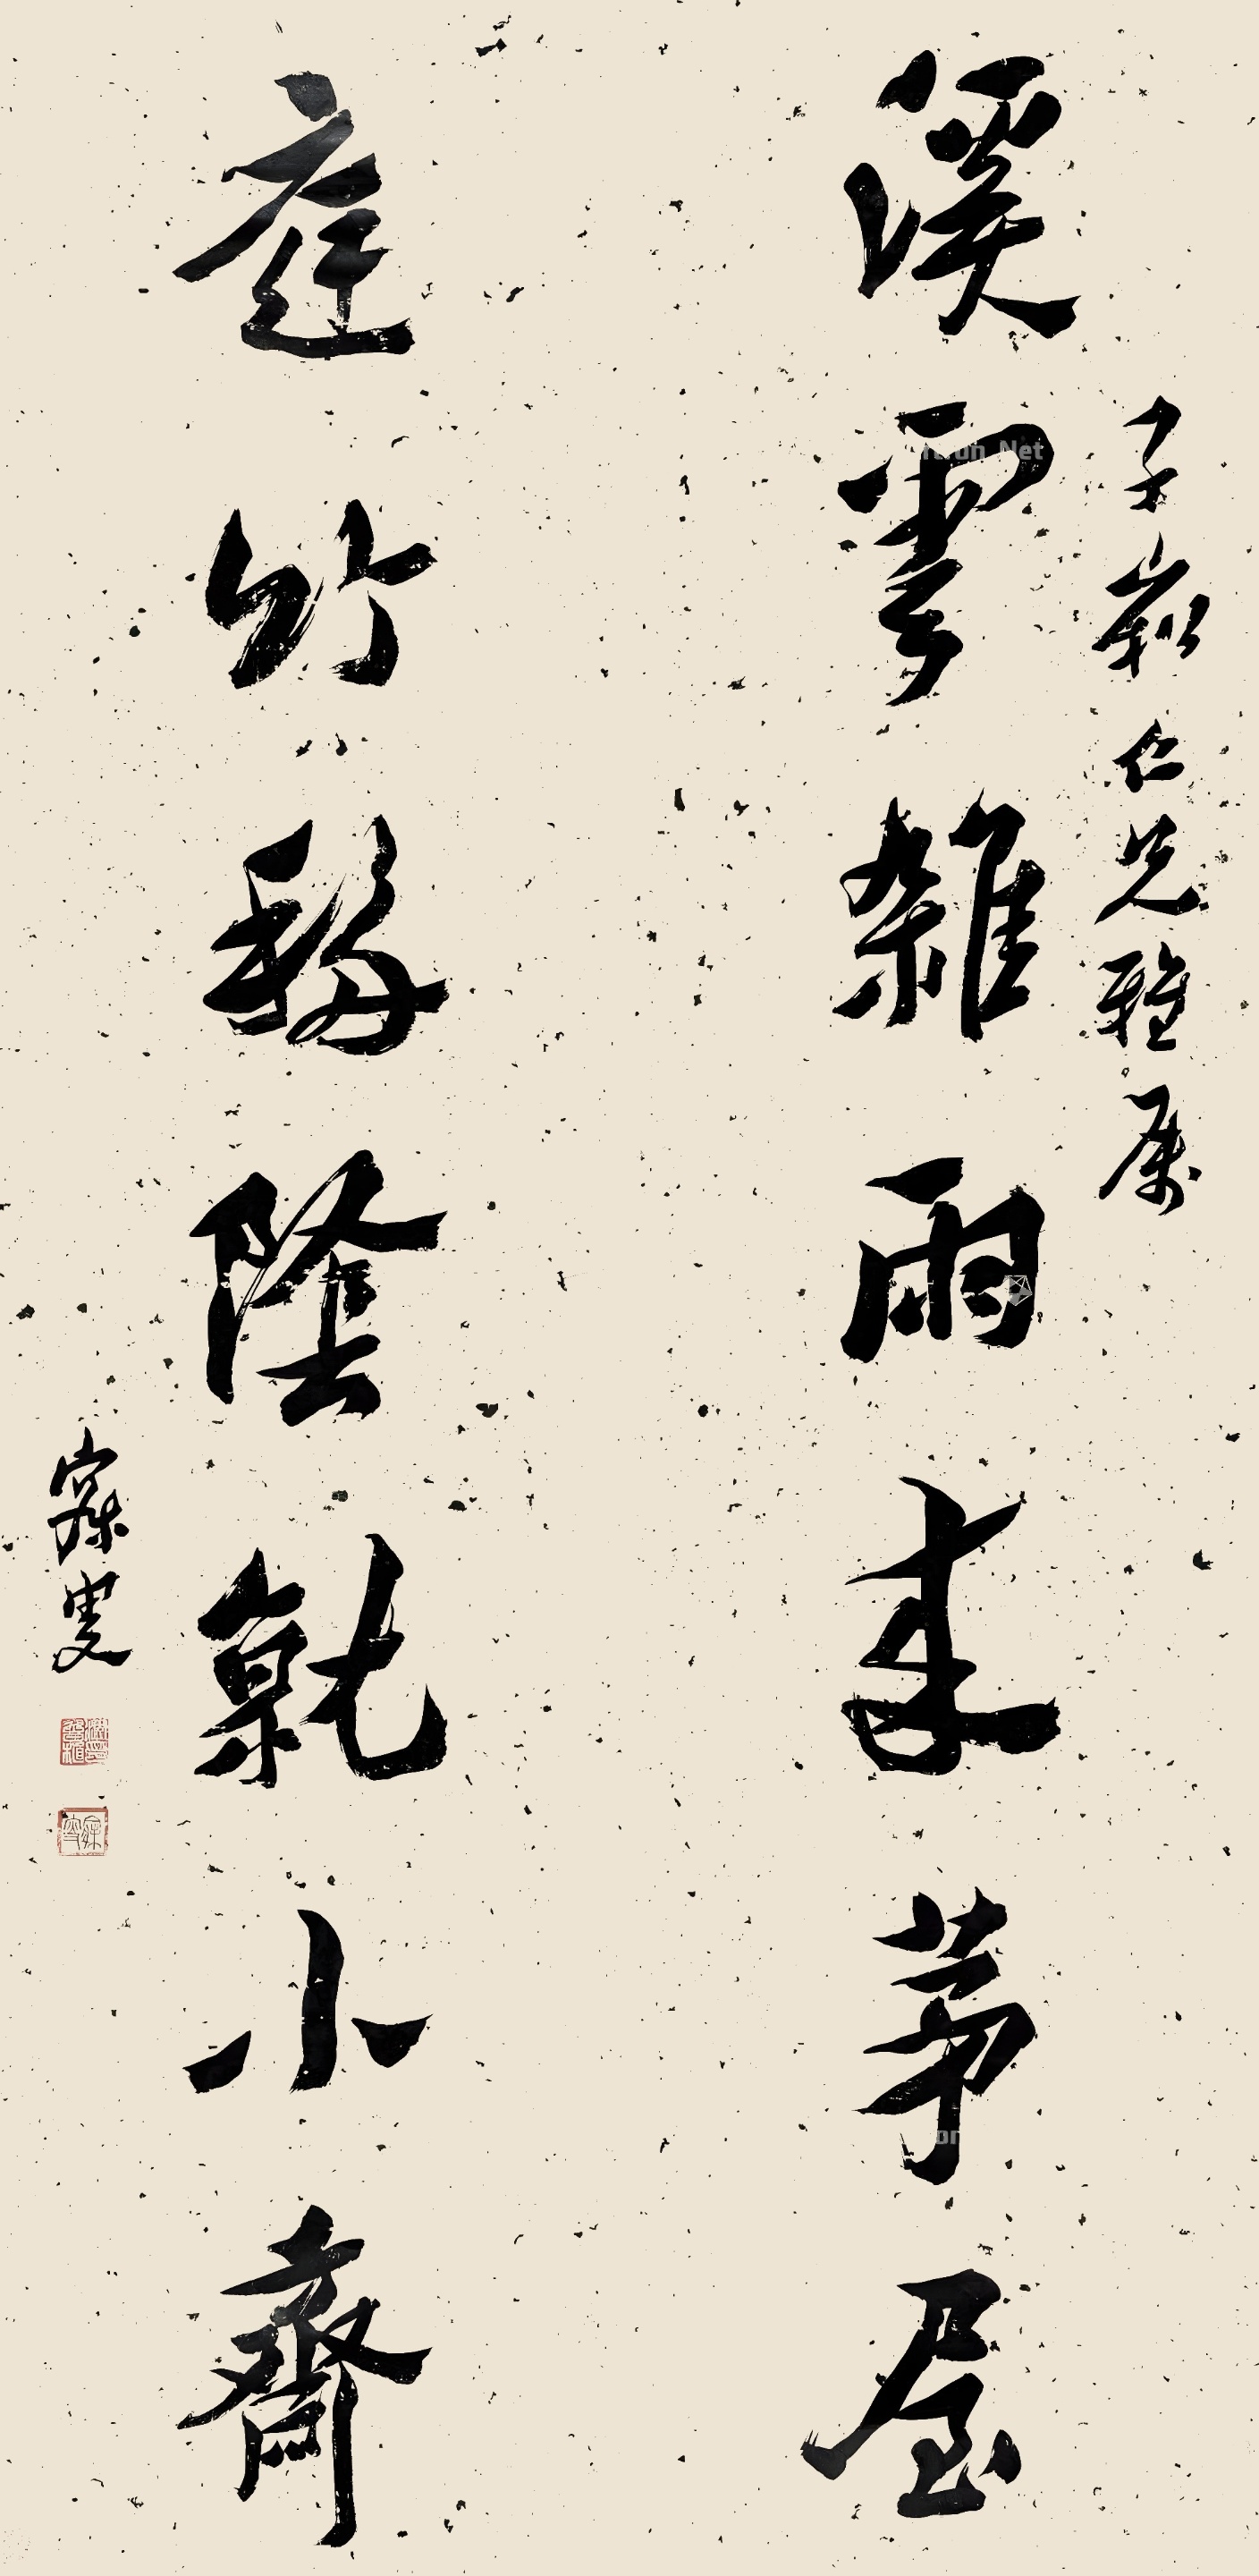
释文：溪云杂雨成茅屋，庭竹移阴就小斋。子崧仁兄雅属。寐叟。